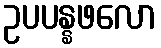
ဥပပန္နဖလော